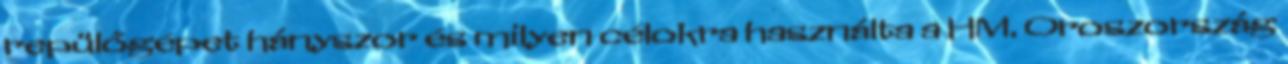
repülőgépet hányszor és milyen célokra használta a HM. Oroszország